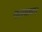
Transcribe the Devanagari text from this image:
नलधावन